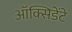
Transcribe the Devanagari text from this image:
ऑक्सिडेंटे